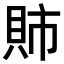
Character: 𫎕